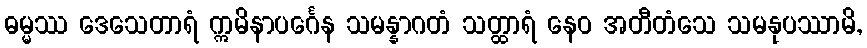
ဓမ္မဿ ဒေသေတာရံ ဣမိနာပင်္ဂေန သမန္နာဂတံ သတ္ထာရံ နေဝ အတီတံသေ သမနုပဿာမိ,